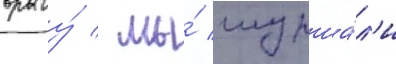
врагу́ / мы́ шурша́л'и